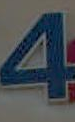
4